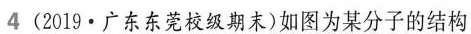
4 (2019 · 广东东莞校级期末)如图为某分子的结构